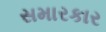
સમારકાર